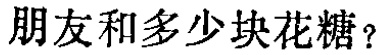
朋友和多少块花糖？